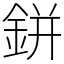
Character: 鉼